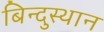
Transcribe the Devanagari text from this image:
बिन्दुस्थान